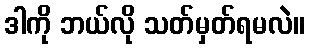
ဒါကို ဘယ်လို သတ်မှတ်ရမလဲ။